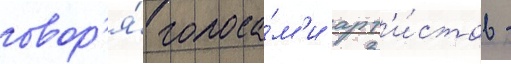
говор'я́ голоса́м'и арт'и́стов -